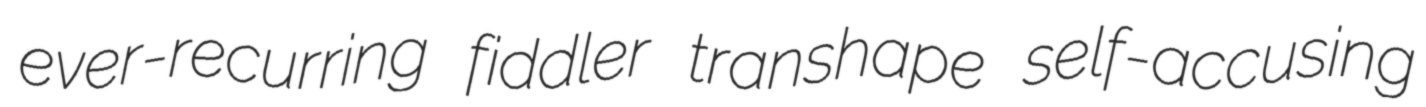
ever-recurring fiddler transhape self-accusing